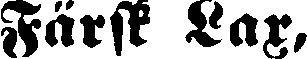
Färsk Lax,